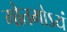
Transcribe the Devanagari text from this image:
गोतमोऽयं